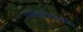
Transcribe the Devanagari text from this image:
पाकसाधनातील